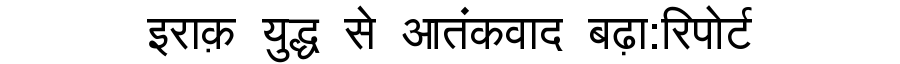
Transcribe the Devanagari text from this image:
इराक़ युद्ध से आतंकवाद बढ़ा:रिपोर्ट